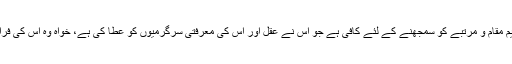
قرآن کے صفحات پر ایک طائرانہ نظر ہی اس عظیم مقام و مرتبے کو سمجھنے کے لئے کافی ہے جو اس نے عقل اور اس کی معرفتی سرگرمیوں کو عطا کی ہے، خواہ وہ اس کی فراست کی بناء پر ہو یا استدلال و استنباط کی بناء پر ۔